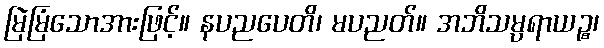
မြဲမြံသောအားဖြင့်။ နပညပေတိ၊ မပညတ်။ အဘိသမ္ပရာယဉ္စ၊